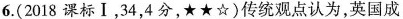
(2018 课标I，34,4分，★☆)传统观点认为,英国成